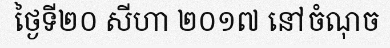
ថ្ងៃទី២០ សីហា ២០១៧ នៅចំណុច